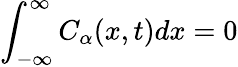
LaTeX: \int_{-\infty}^{\infty}C_{\alpha}(x,t)dx=0